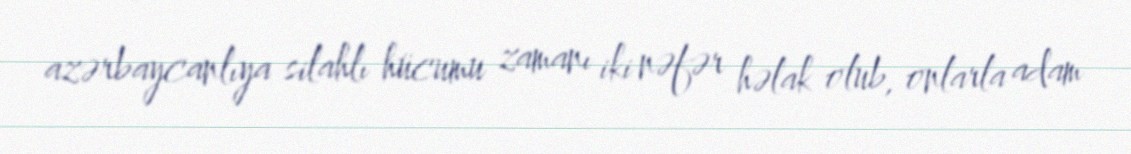
azərbaycanlıya silahlı hücumu zamanı iki nəfər həlak olub, onlarla adam